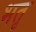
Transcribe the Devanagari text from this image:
भतृ